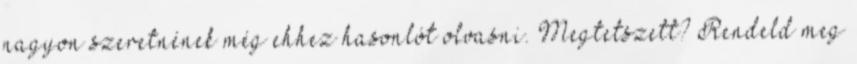
nagyon szeretnének még ehhez hasonlót olvasni. Megtetszett? Rendeld meg